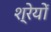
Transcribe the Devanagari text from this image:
श्रेयों